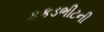
કકડભીટની